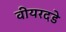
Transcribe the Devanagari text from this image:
वीयरदडे